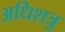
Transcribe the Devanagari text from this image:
अधिशत्रु